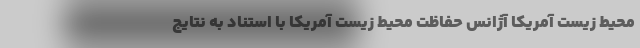
محیط زیست آمریکا آژانس حفاظت محیط زیست آمریکا با استناد به نتایج